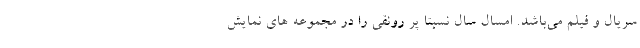
سریال و فیلم می‌باشد. امسال سال نسبتا پر رونقی را در مجموعه های نمایش